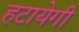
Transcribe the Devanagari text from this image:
हटायेगी